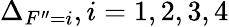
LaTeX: \Delta_{F^{\prime\prime}=i},i=1,2,3,4